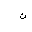
Letter: _non